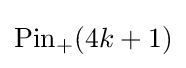
\mathrm {Pin} _{+}(4k+1)